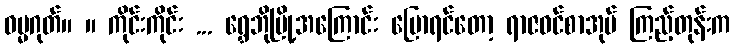
ဓမ္မဂုတ်။ ။ ကိုင်းကိုင်း ... ရွှေဘိုမြို့အကြောင်း ပြောရင်တော့ ရာဇဝင်စာအုပ် ကြည့်တုန်းက